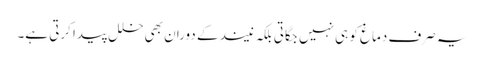
یہ صرف دماغ کو ہی نہیں جگاتی بلکہ نیند کے دوران بھی خلل پیدا کرتی ہے۔